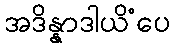
အဒိန္နာဒါယိံပေ